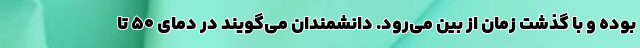
بوده و با گذشت زمان از بین می‌رود. دانشمندان می‌گویند در دمای ۵۰ تا